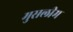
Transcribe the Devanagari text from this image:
मुसलीम